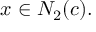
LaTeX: x \in N _ { 2 } ( c ) .